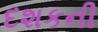
દશકની